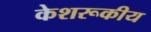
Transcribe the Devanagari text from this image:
केशरूकीय